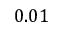
0 . 0 1